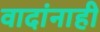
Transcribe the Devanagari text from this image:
वादांनाही